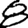
Digit: 8